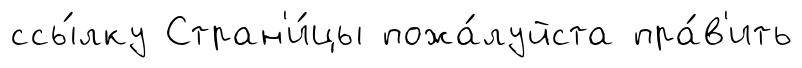
ссы́лку Стран'и́цы пожа́луйста пра́в'ить